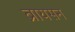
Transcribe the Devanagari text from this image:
ब्रायसन